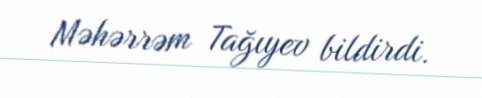
Məhərrəm Tağıyev bildirdi.